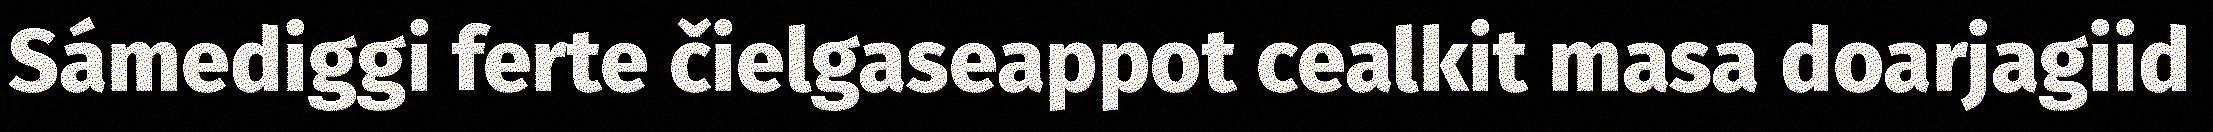
Sámediggi ferte čielgaseappot cealkit masa doarjagiid